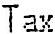
TAX